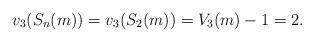
LaTeX: \begin{align*}v_3(S_n(m))=v_3(S_2(m))=V_3(m)-1=2.\end{align*}